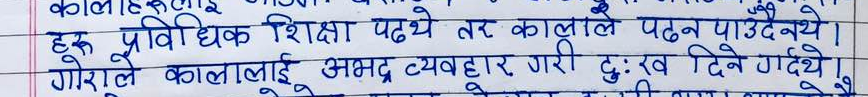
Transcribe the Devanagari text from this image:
अरू प्राविधिक शिक्षा पढ्थे तर कालाले पढ्न पाउँदैनथे।
गोराले कालालाई अभद्र व्यवहार गरी दुःख दिने गर्थे।